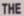
THE